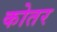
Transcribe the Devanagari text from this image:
कोतर